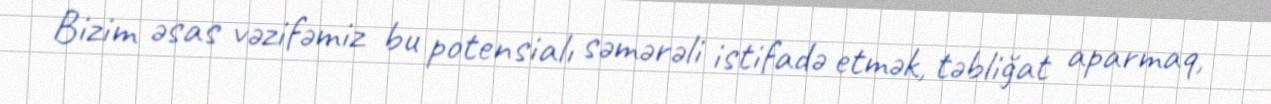
Bizim əsas vəzifəmiz bu potensialı səmərəli istifadə etmək, təbliğat aparmaq,